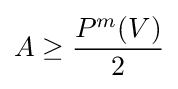
A\geq {\frac {P^{m}(V)}{2}}